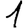
Digit: 1